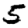
Digit: 5